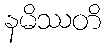
နမိဿတိ